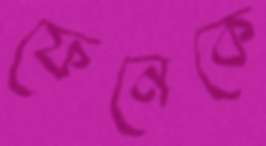
ফেনেকে